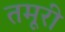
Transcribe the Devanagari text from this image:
तमूरी